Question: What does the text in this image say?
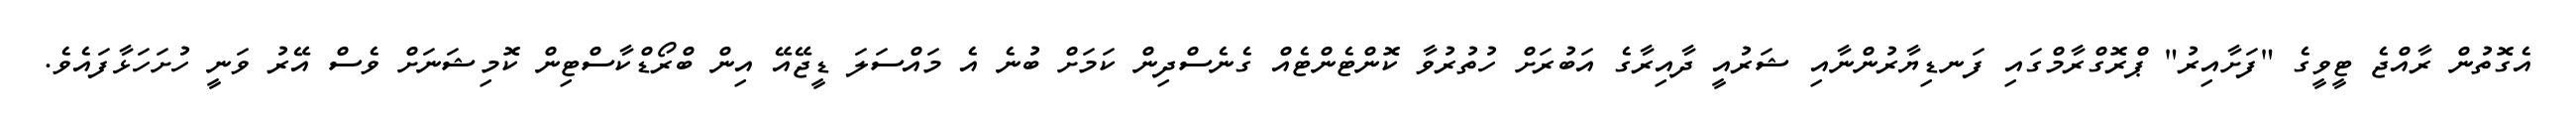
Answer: އެގޮތުން ރާއްޖެ ޓީވީގެ "ފަށާއިރު" ޕްރޮގްރާމްގައި ފަނޑިޔާރުންނާއި ޝަރުއީ ދާއިރާގެ އަބުރަށް ހުތުރުވާ ކޮންޓެންޓެއް ގެނެސްދިން ކަމަށް ބުނެ އެ މައްސަލަ ޑީޖޭއޭ އިން ބްރޯޑްކާސްޓިން ކޮމިޝަނަށް ވެސް އޭރު ވަނީ ހުށަހަޅާފައެވެ.